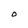
Character: O